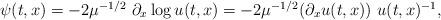
LaTeX: \begin{align*} \begin{array}{ll} \psi(t,x) = -2 \mu^{-1/2} ~ \partial_x \log u(t,x) = -2 \mu^{-1/2} (\partial_x u(t,x)) ~ u(t,x)^{-1}, \end{array} \end{align*}